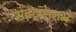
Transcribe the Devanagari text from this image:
भवदासनम्